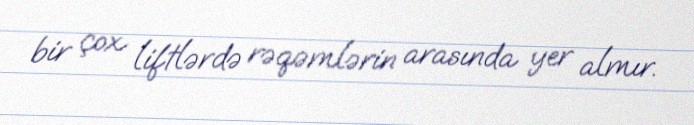
bir çox liftlərdə rəqəmlərin arasında yer almır.